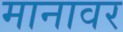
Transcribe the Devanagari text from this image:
मानावर